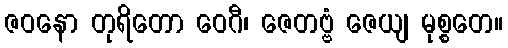
ဇဝနော တုရိတော ဝေဂီ၊ ဇေတဗ္ဗံ ဇေယျ မုစ္စတေ။